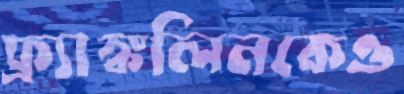
ফ্র্যাঙ্কলিনকেও